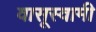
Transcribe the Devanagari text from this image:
वासूस्वामी